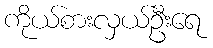
ကိုယ်စားလှယ်ဦးရေ